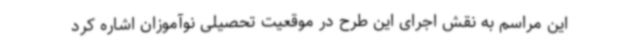
این مراسم به نقش اجرای این طرح در موقعیت تحصیلی نوآموزان اشاره کرد